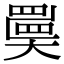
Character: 𡚇